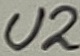
Text: U2